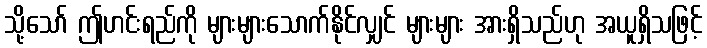
သို့သော် ဤဟင်းရည်ကို များများသောက်နိုင်လျှင် များများ အားရှိသည်ဟု အယူရှိသဖြင့်